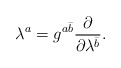
\begin{align*}\lambda^a=g^{a\bar b}{\partial\over\partial\lambda^{\bar b}}.\end{align*}